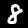
Label: 8